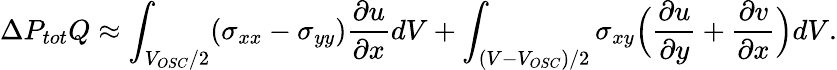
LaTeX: \Delta P_{tot}Q\approx\int_{V_{OSC}/2}(\sigma_{xx}-\sigma_{yy})\frac{\partial u}{\partial x}dV+\int_{(V-V_{OSC})/2}\sigma_{xy}\Bigl(\frac{\partial u}{\partial y}+\frac{\partial v}{\partial x}\Bigr)dV.